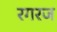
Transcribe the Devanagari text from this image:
रगरज